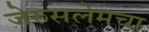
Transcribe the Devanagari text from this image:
जेरुसलेमचा